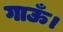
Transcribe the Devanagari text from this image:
गाऊँ।